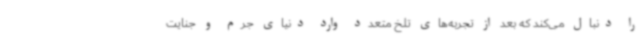
را دنبال می‌کند که بعد از تجربه‌های تلخ متعدد وارد دنیای جرم و جنایت